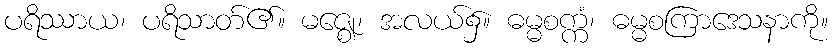
ပရိဿာယ၊ ပရိသာတ်၏။ မဇ္ဈေ၊ အလယ်၌။ ဓမ္မစက္ကံ၊ ဓမ္မစကြာဒေသနာကို။